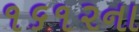
૧૬૧૨ના